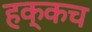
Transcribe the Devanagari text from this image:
हक्कच